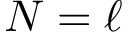
N = \ell